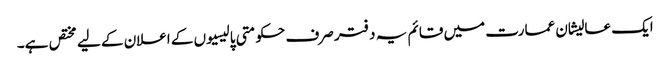
ایک عالیشان عمارت میں قائم یہ دفتر صرف حکومتی پالیسیوں کے اعلان کے لیے مختص ہے۔